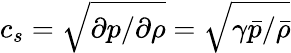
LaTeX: c_{s}=\sqrt{\partial p/\partial\rho}=\sqrt{\gamma\bar{p}/\bar{\rho}}